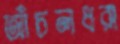
আঁচলধরা